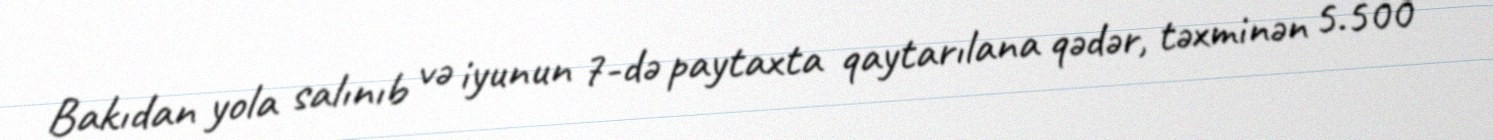
Bakıdan yola salınıb və iyunun 7-də paytaxta qaytarılana qədər, təxminən 5.500